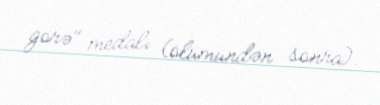
görə" medalı (ölümündən sonra).